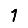
Digit: 1